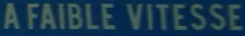
A FAIBLE VITESSE